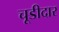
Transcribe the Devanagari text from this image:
चूडीदार